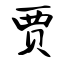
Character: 贾